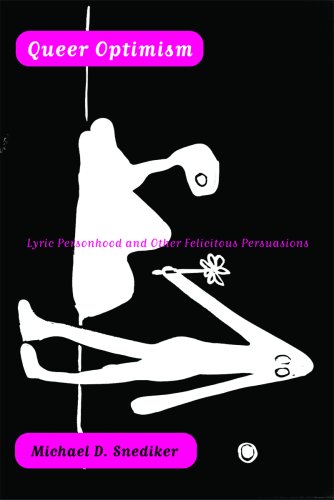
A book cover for Queer Optimism: Lyric Personhood and Other Felicitous Persuasions; Michael D. Snediker; Gay & Lesbian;